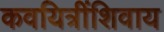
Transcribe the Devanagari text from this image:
कवयित्रींशिवाय